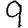
Digit: 9